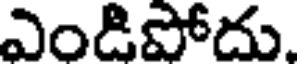
ఎండిపోదు.